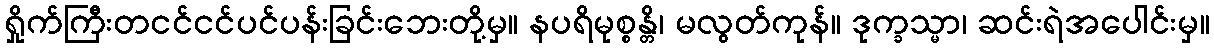
ရှိုက်ကြီးတငင်ငင်ပင်ပန်းခြင်းဘေးတို့မှ။ နပရိမုစ္စန္တိ၊ မလွတ်ကုန်။ ဒုက္ခသ္မာ၊ ဆင်းရဲအပေါင်းမှ။